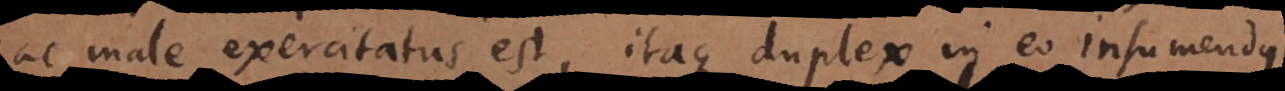
ac male exercitatus est, itaque duplex in eo insumendus